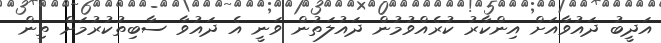
އަދީބު ދައުވާއަށް އިންކާރު ކުރެއްވުމުން ދައުލަތުން ވަނީ އެ ދައުވާ ސާބިތުކުރުމަށް ތިން